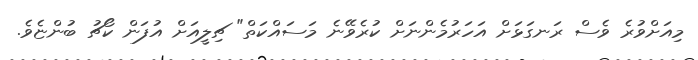
މިއަށްވުރެ ވެސް ރަނގަޅަށް އަހަރުމެންނަށް ކުރެވޭނެ މަސައްކަތް" ޗިލީއަށް އުފަން ކޯޗު ބުންޏެވެ.